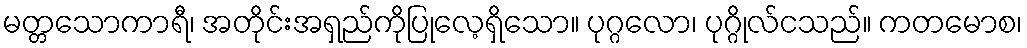
မတ္တသောကာရီ၊ အတိုင်းအရှည်ကိုပြုလေ့ရှိသော။ ပုဂ္ဂလော၊ ပုဂ္ဂိုလ်ငသည်။ ကတမောစ၊